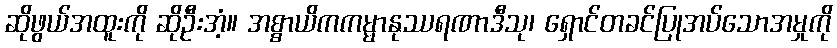
ဆိုဖွယ်အထူးကို ဆိုဦးအံ့။ အစ္စာယိကကမ္မာနုဿရဏာဒီသု၊ ရှောင်တခင်ပြုအပ်သောအမှုကို